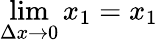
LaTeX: \operatorname*{lim}_{\Delta x\to 0}x_{1}=x_{1}